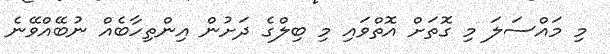
މި މައްސަލަ މި ގޮތަށް އޮތްވައި މި ބިލްގެ ދަށުން އިންތިހާބެއް ނުބޭއްވޭނެ